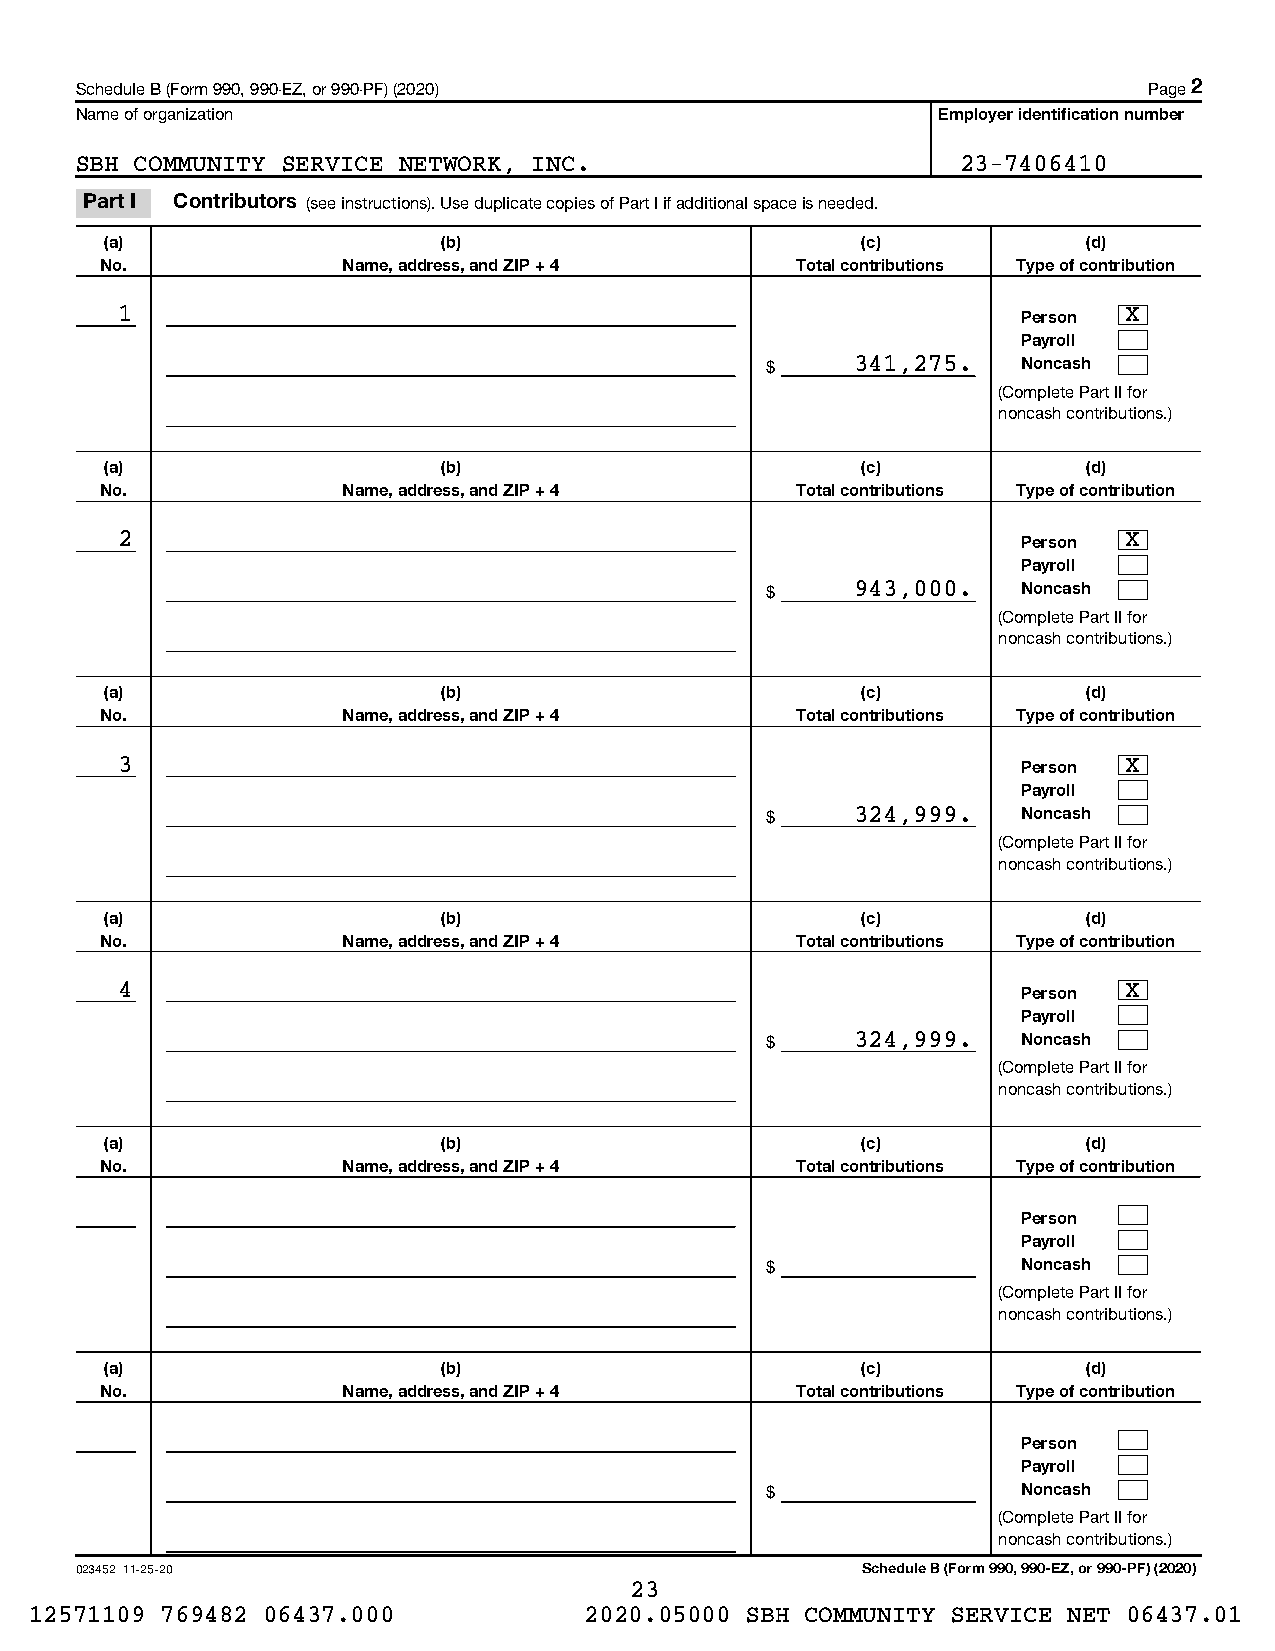
Schedule B (Form 990, 990-EZ, or 990-PF) (2020)                        Page 2
 Name of organization                                     Employer identification number
 SBH COMMUNITY SERVICE NETWORK, INC.                        23-7406410
 Part I Contributors (see instructions). Use duplicate copies of Part I if additional space is needed.
 (a)                   (b)                         (c)            (d)
 No.             Name, address, and ZIP + 4    Total contributions Type of contribution
 1                                                           Person X
 Payroll
 $     341,275.   Noncash
 (Complete Part II for
 noncash contributions.)
 (a)                   (b)                         (c)            (d)
 No.             Name, address, and ZIP + 4    Total contributions Type of contribution
 2                                                           Person X
 Payroll
 $     943,000.   Noncash
 (Complete Part II for
 noncash contributions.)
 (a)                   (b)                         (c)            (d)
 No.             Name, address, and ZIP + 4    Total contributions Type of contribution
 3                                                           Person X
 Payroll
 $     324,999.   Noncash
 (Complete Part II for
 noncash contributions.)
 (a)                   (b)                         (c)            (d)
 No.             Name, address, and ZIP + 4    Total contributions Type of contribution
 4                                                           Person X
 Payroll
 $     324,999.   Noncash
 (Complete Part II for
 noncash contributions.)
 (a)                   (b)                         (c)            (d)
 No.             Name, address, and ZIP + 4    Total contributions Type of contribution
 Person
 Payroll
 $                Noncash
 (Complete Part II for
 noncash contributions.)
 (a)                   (b)                         (c)            (d)
 No.             Name, address, and ZIP + 4    Total contributions Type of contribution
 Person
 Payroll
 $                Noncash
 (Complete Part II for
 noncash contributions.)
 023452 11-25-20                                     Schedule B (Form 990, 990-EZ, or 990-PF) (2020)
 23
 12571109 769482 06437.000            2020.05000 SBH COMMUNITY SERVICE NET 06437.01